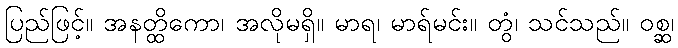
ပြည်ဖြင့်။ အနတ္ထိကော၊ အလိုမရှိ။ မာရ၊ မာရ်မင်း။ တွံ၊ သင်သည်။ ဝစ္ဆ၊